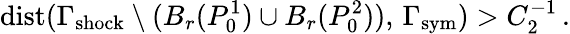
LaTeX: \mathrm{dist}(\Gamma_{\mathrm{shock}}\setminus(B_{r}(P_{0}^{1})\cup B_{r}(P_{0}^{2})),\, \Gamma_{\mathrm{{sym}}})>C_{2}^{-1}\, .